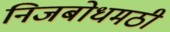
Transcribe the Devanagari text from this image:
निजबोधमठी